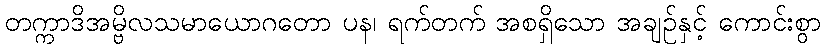
တက္ကာဒိအမ္ဗိလသမာယောဂတော ပန၊ ရက်တက် အစရှိသော အချဉ်နှင့် ကောင်းစွာ